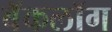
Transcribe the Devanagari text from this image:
बॅकलॉग